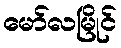
မော်လမြိုင်